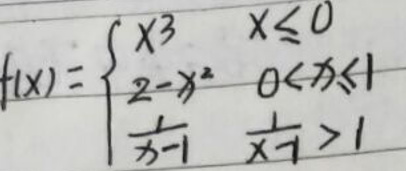
\[
f(x)=\begin{cases}
x^{3} & x\leq0 \\
2 - x^{2} & 0<x\leq1 \\
\frac{1}{x - 1} & x>1
\end{cases}
\]